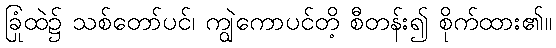
ခြံထဲ၌ သစ်တော်ပင်၊ ကျွဲကောပင်တို့ စီတန်း၍ စိုက်ထား၏။